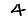
Digit: 4